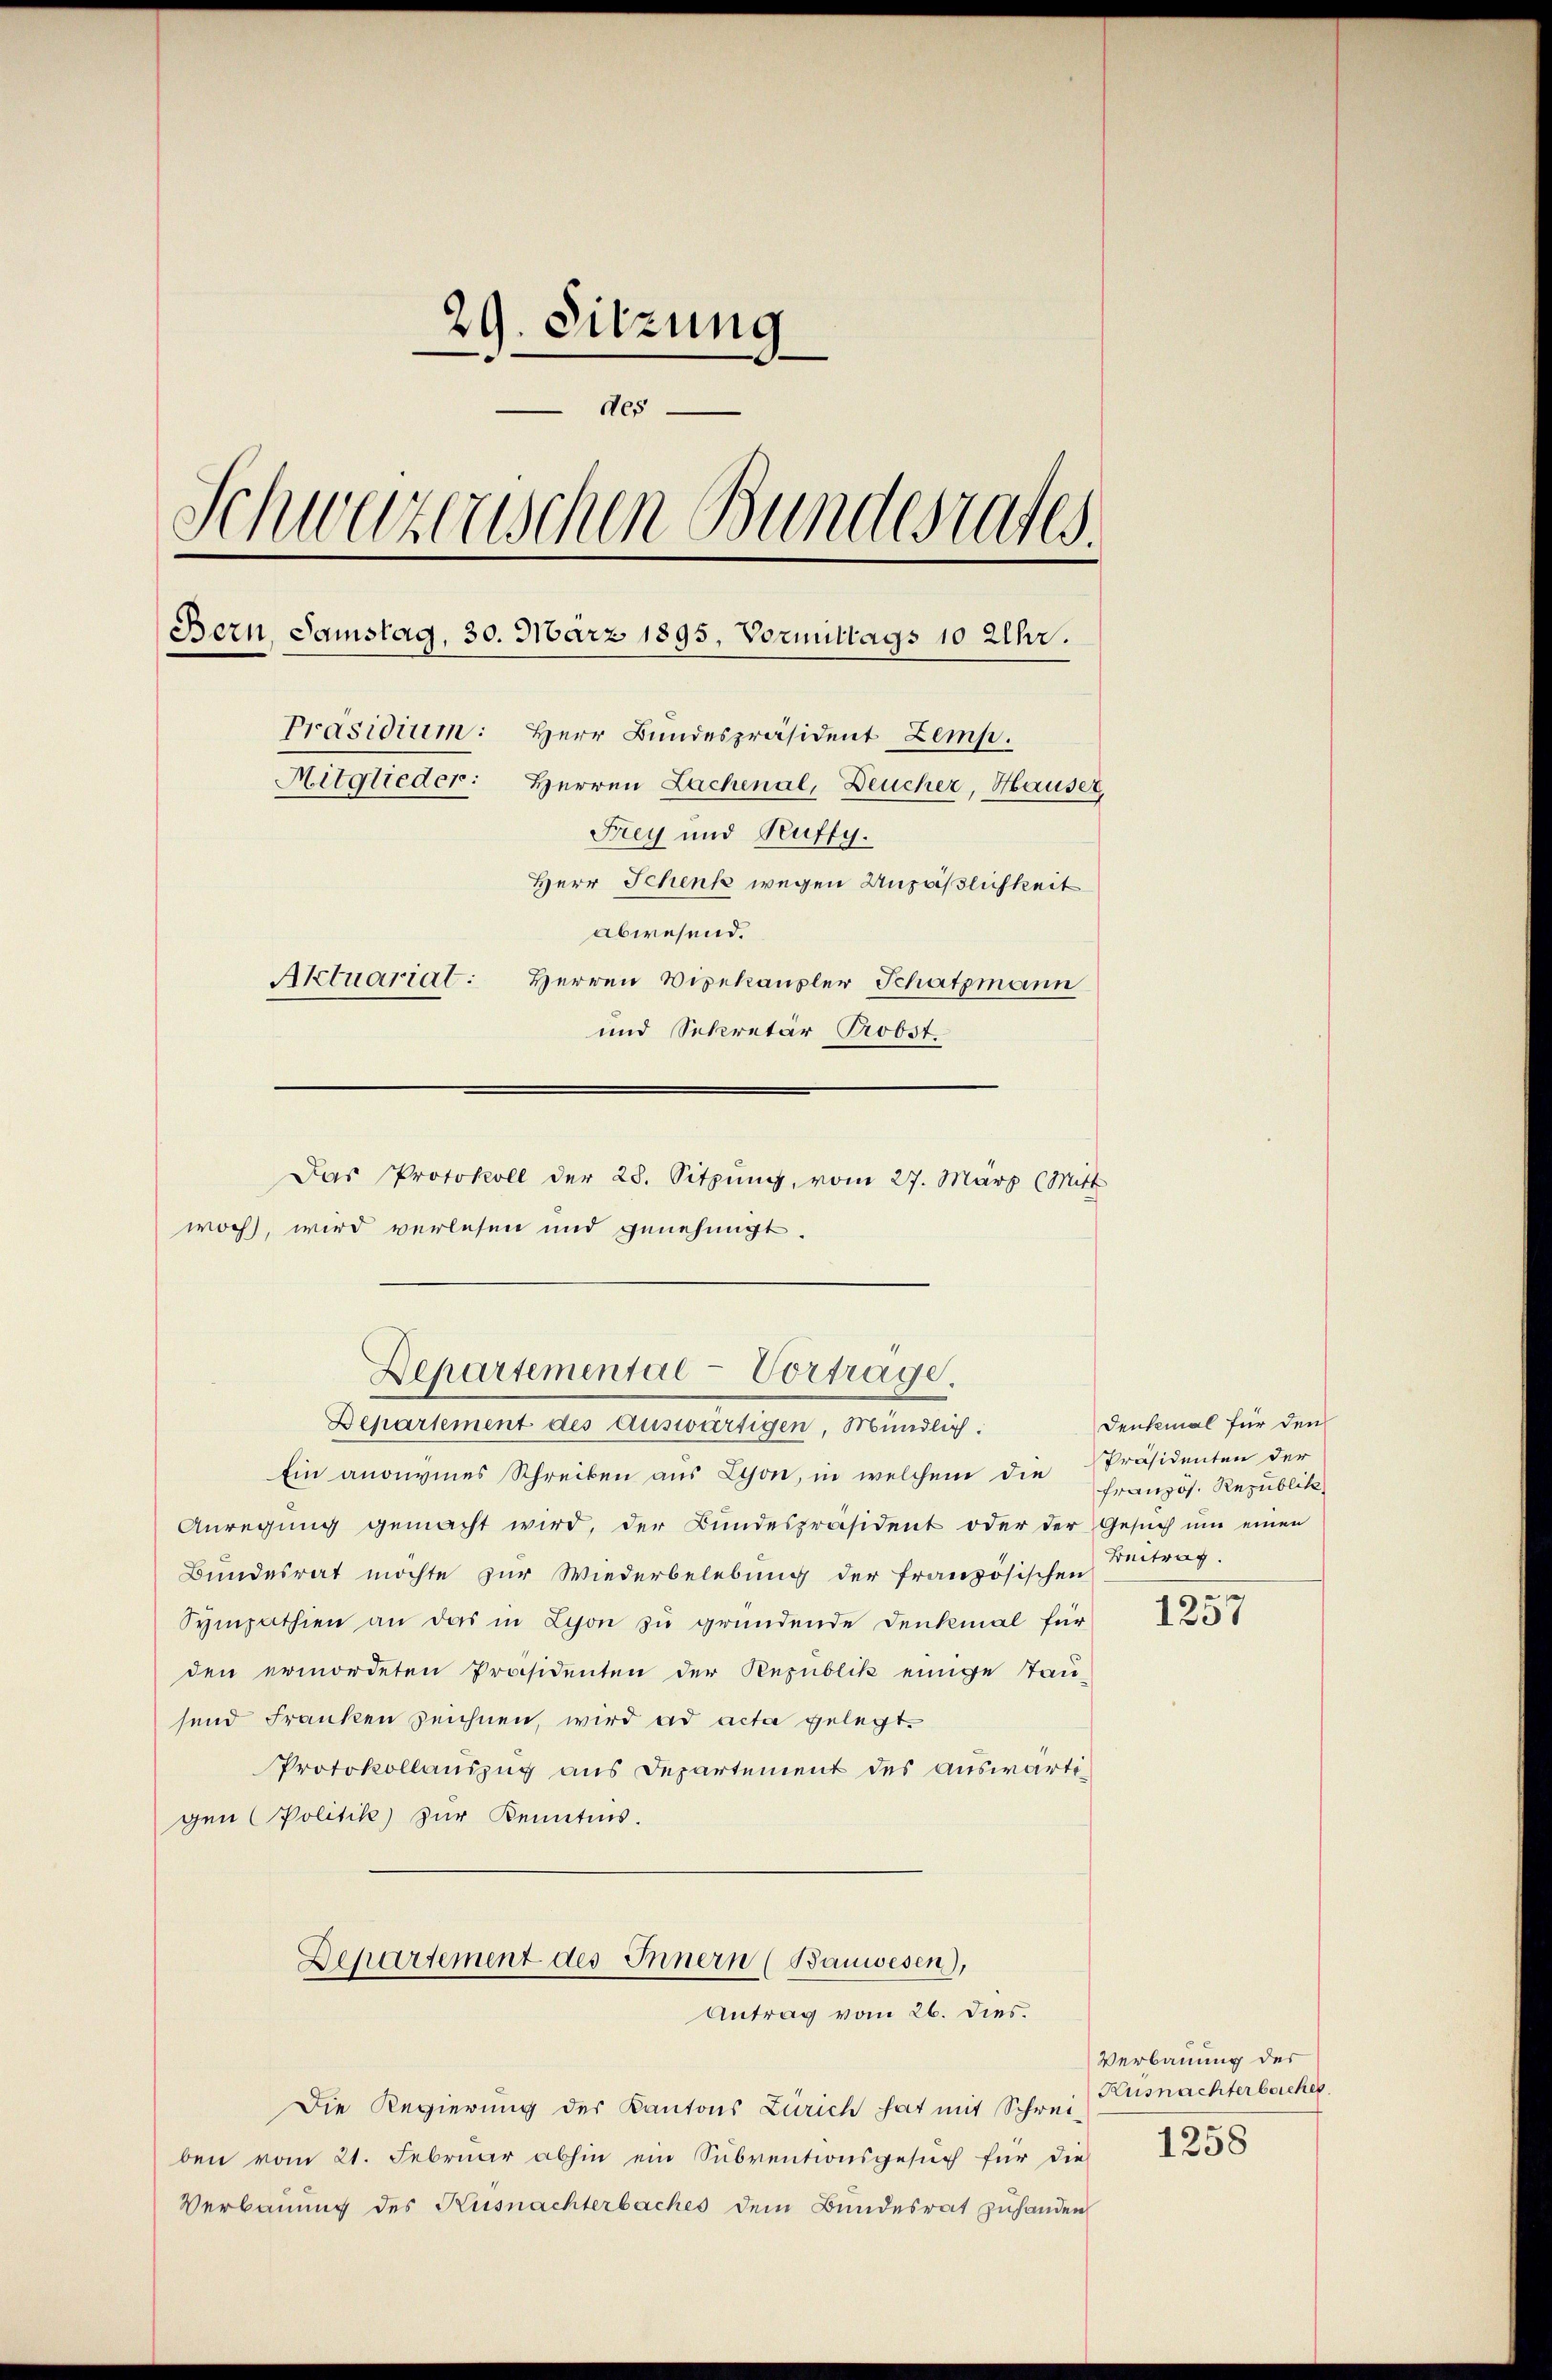
29. Sitzung
des
Schweizerischen Bundesrates.
Bern, Samstag, 30. März 1895, Vormittags 10 Uhr.
Präsidium: Herr Bundespräsident Zemp.
Mitglieder: Herren Lachenal, Deucher, Hauser,
Frey und Suffy.
Herr Schenk wegen Unpäßlichkeit
abwesend.
Aktuariat: Herren Vizekanzler Schatzmann
und Sekretär Probst.

Das Protokoll der 28. Sitzung, vom 27. März (Mitt
woch, wird verlesen und genehmigt.

Departemental-Vortrage.
Departement des Auswärtigen, Mündlich:

Ein anonvines Schreiben aŭs Lyon, in welchem die französ. Republik
Anregung gemacht wird, der Bundespräsident oder der Gesuch um einen
Bundesrat möchte zur Wiederbelebung der französischen
Sympathien an das in Lyon zu gründende Denkmal für
den ermordeten Präsidenten der Republik einige Tau-
send Franken zeichnen, wird ad acta gelegt.
Protokollauszug aus Departement des auswärtigen Politik zur Kenntnis.
Departement des Innern (Bauwesen),
Antrag vom 26. dies.
Die Regierung des Kantons Zürich hat mit Schreiben vom 21. Februar abhin ein Subventionsgesuch für die
Verbauung des Küsnachterbaches dem Bundesrat zuhanden

Denkmal für den
Präsidenten der
Beitrag.

1257

Verbauung der
Küsnachter beiches
1258